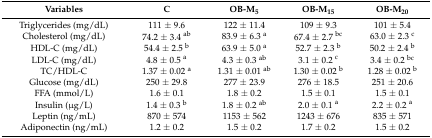
<table><thead><tr><td><b>Variables</b></td><td><b>C</b></td><td><b>OB-M<sub>5</sub></b></td><td><b>OB-M<sub>15</sub></b></td><td><b>OB-M<sub>20</sub></b></td></tr></thead><tbody><tr><td>Triglycerides (mg/dL)</td><td>111 ± 9.6</td><td>122 ± 11.4</td><td>109 ± 9.3</td><td>101 ± 5.4</td></tr><tr><td>Cholesterol (mg/dL)</td><td>74.2 ± 3.4 <sup>ab</sup></td><td>83.9 ± 6.3 <sup>a</sup></td><td>67.4 ± 2.7 <sup>bc</sup></td><td>63.0 ± 2.3 <sup>c</sup></td></tr><tr><td>HDL-C (mg/dL)</td><td>54.4 ± 2.5 <sup>b</sup></td><td>63.9 ± 5.0 <sup>a</sup></td><td>52.7 ± 2.3 <sup>b</sup></td><td>50.2 ± 2.4 <sup>b</sup></td></tr><tr><td>LDL-C (mg/dL)</td><td>4.8 ± 0.5 <sup>a</sup></td><td>4.3 ± 0.3 <sup>ab</sup></td><td>3.1 ± 0.2 <sup>c</sup></td><td>3.4 ± 0.2 <sup>bc</sup></td></tr><tr><td>TC/HDL-C</td><td>1.37 ± 0.02 <sup>a</sup></td><td>1.31 ± 0.01 <sup>ab</sup></td><td>1.30 ± 0.02 <sup>b</sup></td><td>1.28 ± 0.02 <sup>b</sup></td></tr><tr><td>Glucose (mg/dL)</td><td>250 ± 29.8</td><td>277 ± 23.9</td><td>276 ± 18.5</td><td>251 ± 20.6</td></tr><tr><td>FFA (mmol/L)</td><td>1.6 ± 0.1</td><td>1.8 ± 0.2</td><td>1.5 ± 0.1</td><td>1.5 ± 0.1</td></tr><tr><td>Insulin (μg/L)</td><td>1.4 ± 0.3 <sup>b</sup></td><td>1.8 ± 0.2 <sup>ab</sup></td><td>2.0 ± 0.1 <sup>a</sup></td><td>2.2 ± 0.2 <sup>a</sup></td></tr><tr><td>Leptin (ng/mL)</td><td>870 ± 574</td><td>1153 ± 562</td><td>1243 ± 676</td><td>835 ± 571</td></tr><tr><td>Adiponectin (ng/mL)</td><td>1.2 ± 0.2</td><td>1.5 ± 0.2</td><td>1.7 ± 0.2</td><td>1.5 ± 0.2</td></tr></tbody></table>